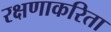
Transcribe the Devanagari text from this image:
रक्षणाकरिता